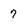
Character: 7